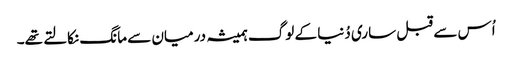
اُس سے قبل ساری دُنیا کے لوگ ہمیشہ درمیان سے مانگ نکالتے تھے۔